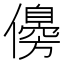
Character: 𠐈